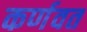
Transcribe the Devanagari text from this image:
कर्णवत